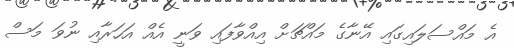
އެ މައްސަލައިގައި އޭނާގެ މައްޗަށް އިއްވާފައި ވަނީ އެއް އަހަރާއި ނުވަ މަސް